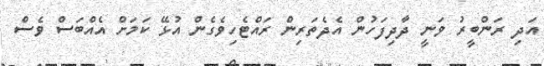
އަދި ރަންބީރު ވަނީ ދާދިފަހުން އެދެތަރިން ރައްޓެހިވެގެން އުޅޭ ކަމަށް އެއްބަސް ވެސް